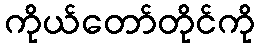
ကိုယ်တော်တိုင်ကို